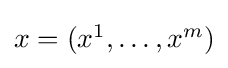
{\textstyle x=(x^{1},\dots ,x^{m})}